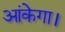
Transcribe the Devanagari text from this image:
आंकेगा।